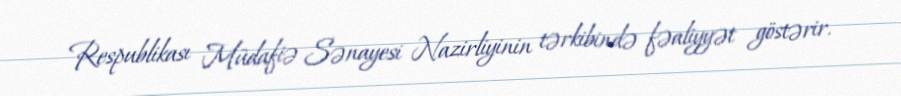
Respublikası Müdafiə Sənayesi Nazirliyinin tərkibində fəaliyyət göstərir.